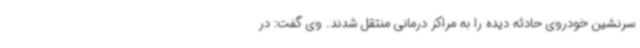
سرنشین خودروی حادثه دیده را به مراکز درمانی منتقل شدند. وی گفت: در